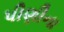
પીણીના